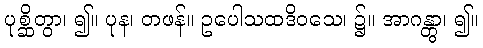
ပုစ္ဆိတွာ၊ ၍။ ပုန၊ တဖန်။ ဥပေါသထဒိဝသေ၊ ၌။ အာဂန္တွာ၊ ၍။